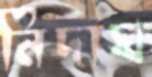
নিদাঘ